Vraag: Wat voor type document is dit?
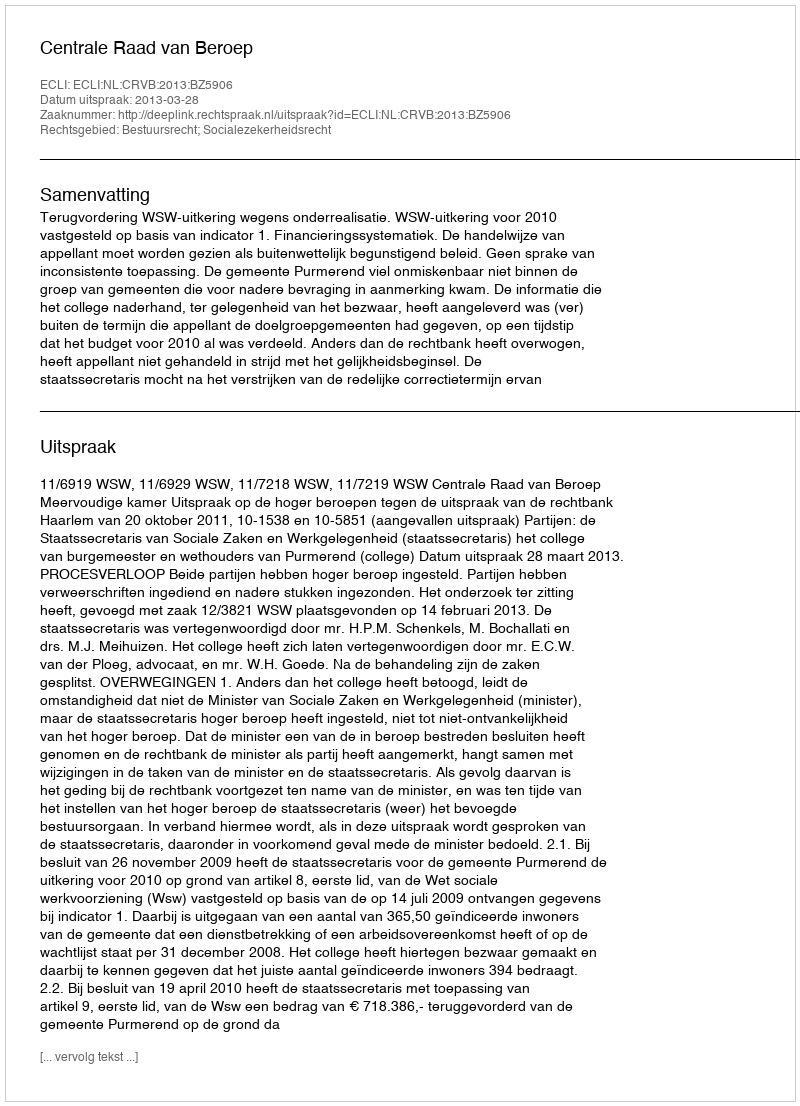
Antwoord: Uitspraak